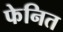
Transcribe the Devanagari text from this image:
फेनित